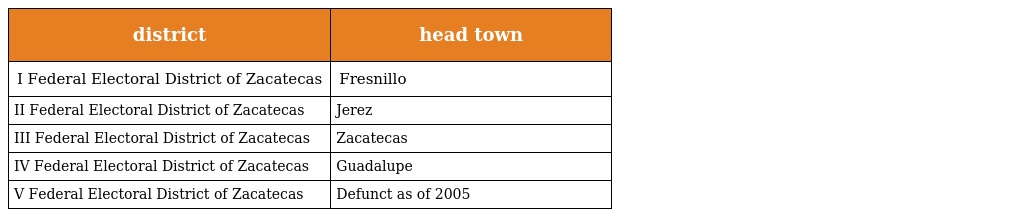
| district | head town |
 | --- | --- |
 | I Federal Electoral District of Zacatecas | Fresnillo |
 | II Federal Electoral District of Zacatecas | Jerez |
 | III Federal Electoral District of Zacatecas | Zacatecas |
 | IV Federal Electoral District of Zacatecas | Guadalupe |
 | V Federal Electoral District of Zacatecas | Defunct as of 2005 |